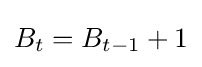
B_{t}=B_{t-1}+1